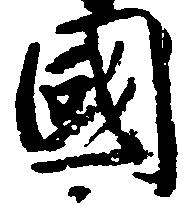
国